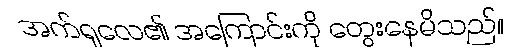
အက်ရှလေ၏ အကြောင်းကို တွေးနေမိသည်။